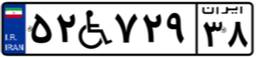
۵۲W۷۲۹۳۸